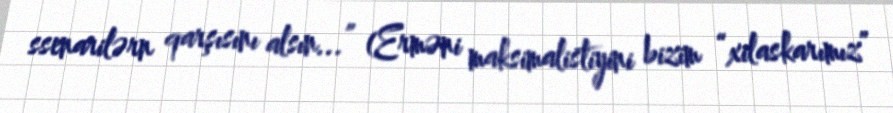
ssenarilərn qarşısını alsın...” (Erməni maksimalistiyini bizim “xilaskarımız”